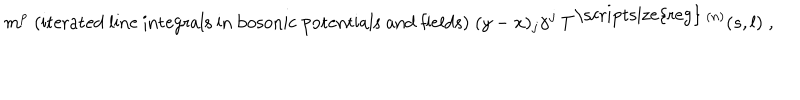
m ^ { p } \; { \mathrm { ( i t e r a t e d ~ l i n e ~ i n t e g r a l s ~ i n ~ b o s o n i c ~ p o t e n t i a l s ~ a n d ~ f i e l d s ) } } \; ( y - x ) _ { j } \gamma ^ { j } \: T ^ { \mathrm { \scriptsize { r e g } } \: ( n ) } ( s , l ) \; ,